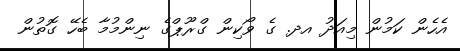
އެހެން ކަމުން މިއަދު އދ. ގެ ވޯކިން ގްރޫޕްގެ ނިންމުމާ ބެހޭ ގޮތުން